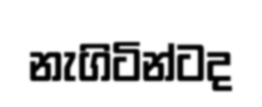
නැගිටින්ටද